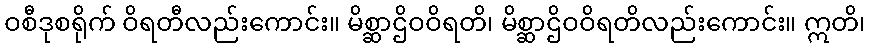
ဝစီဒုစရိုက် ဝိရတီလည်းကောင်း။ မိစ္ဆာဌိဝဝိရတိ၊ မိစ္ဆာဌိဝဝိရတိလည်းကောင်း။ ဣတိ၊